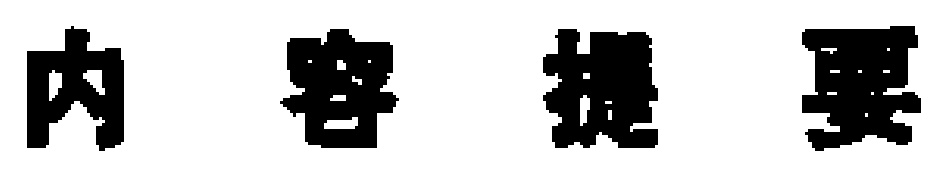
内容提要